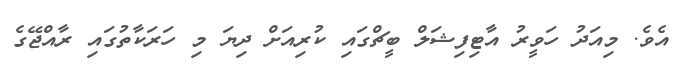
އެވެ. މިއަދު ހަވީރު އާޓިފިޝަލް ބީޗްގައި ކުރިއަށް ދިޔަ މި ހަރަކާތުގައި ރާއްޖޭގެ